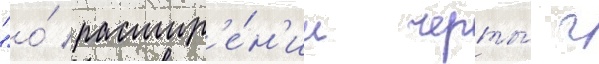
"о́ расшир'е́н'ии черты́ г